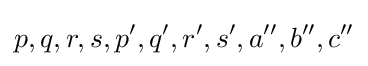
p,q,r,s,p^{\prime },q^{\prime },r^{\prime },s^{\prime },a^{\prime \prime },b^{\prime \prime },c^{\prime \prime }